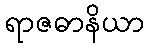
ရာဇဓာနိယာ